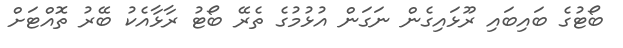
ބޯޓުގެ ބައިބައި ރޫޅައިގެން ނަގަން އުޅުމުގެ ތެރޭ ބޯޓު ރާޅާއެކު ބޭރު ތޮއްޓަށް